Report on vaccination North-West Frontier Province 1904-1922 - 1904-1922
Year: 1904
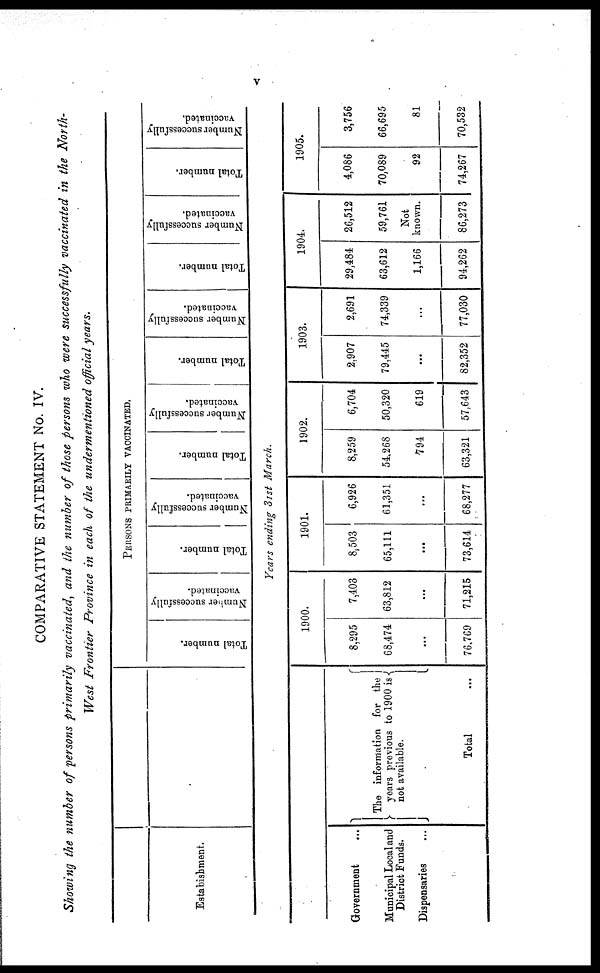
v
COMPARATIVE STATEMENT No. IV.
Showing the number of persons primarily vaccinated, and the number of those persons who were successfully vaccinated in the North-
West Frontier Province in each of the undermentioned official years.
Estabishment.
PERSONS PRIMARILY VACCINATED.
Total number.
Number successfully
vaccinated.
Total number.
Number successfully
vaccinated.
Total number.
Number successfully
vaccinated.
Total number.
Number successfully
vaccinated.
Total number.
Number successfully
vaccinated.
Total number.
Number successfully
vaccinated.
Years ending 31st March.
Government ...
Municipal Local and
District Funds.
Dispensaries ...
The information for the
years previous to 1900 is
not available.
Total ...
1900.
8,295
68,474
...
76,769
7,403
63,812
...
71,215
1931.
8,503
65,111
...
73,614
6,926
61,351
...
68,277
1902.
8,259
54,268
794
63,321
6,704
50,320
619
57,643
1903.
2,907
79,445
...
82,352
2,691
74,339
...
77,030
1904.
29,484
63,612
1,166
94,262
26,512
59,761
Not
known.
86,273
1905.
4,086
70,089
92
74,267
3,756
66,695
81
70,532